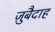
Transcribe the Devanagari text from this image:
ज़ुबैदाह